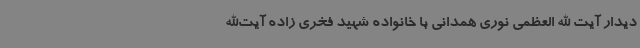
دیدار آیت الله العظمی نوری همدانی با خانواده شهید فخری زاده آیت‌الله